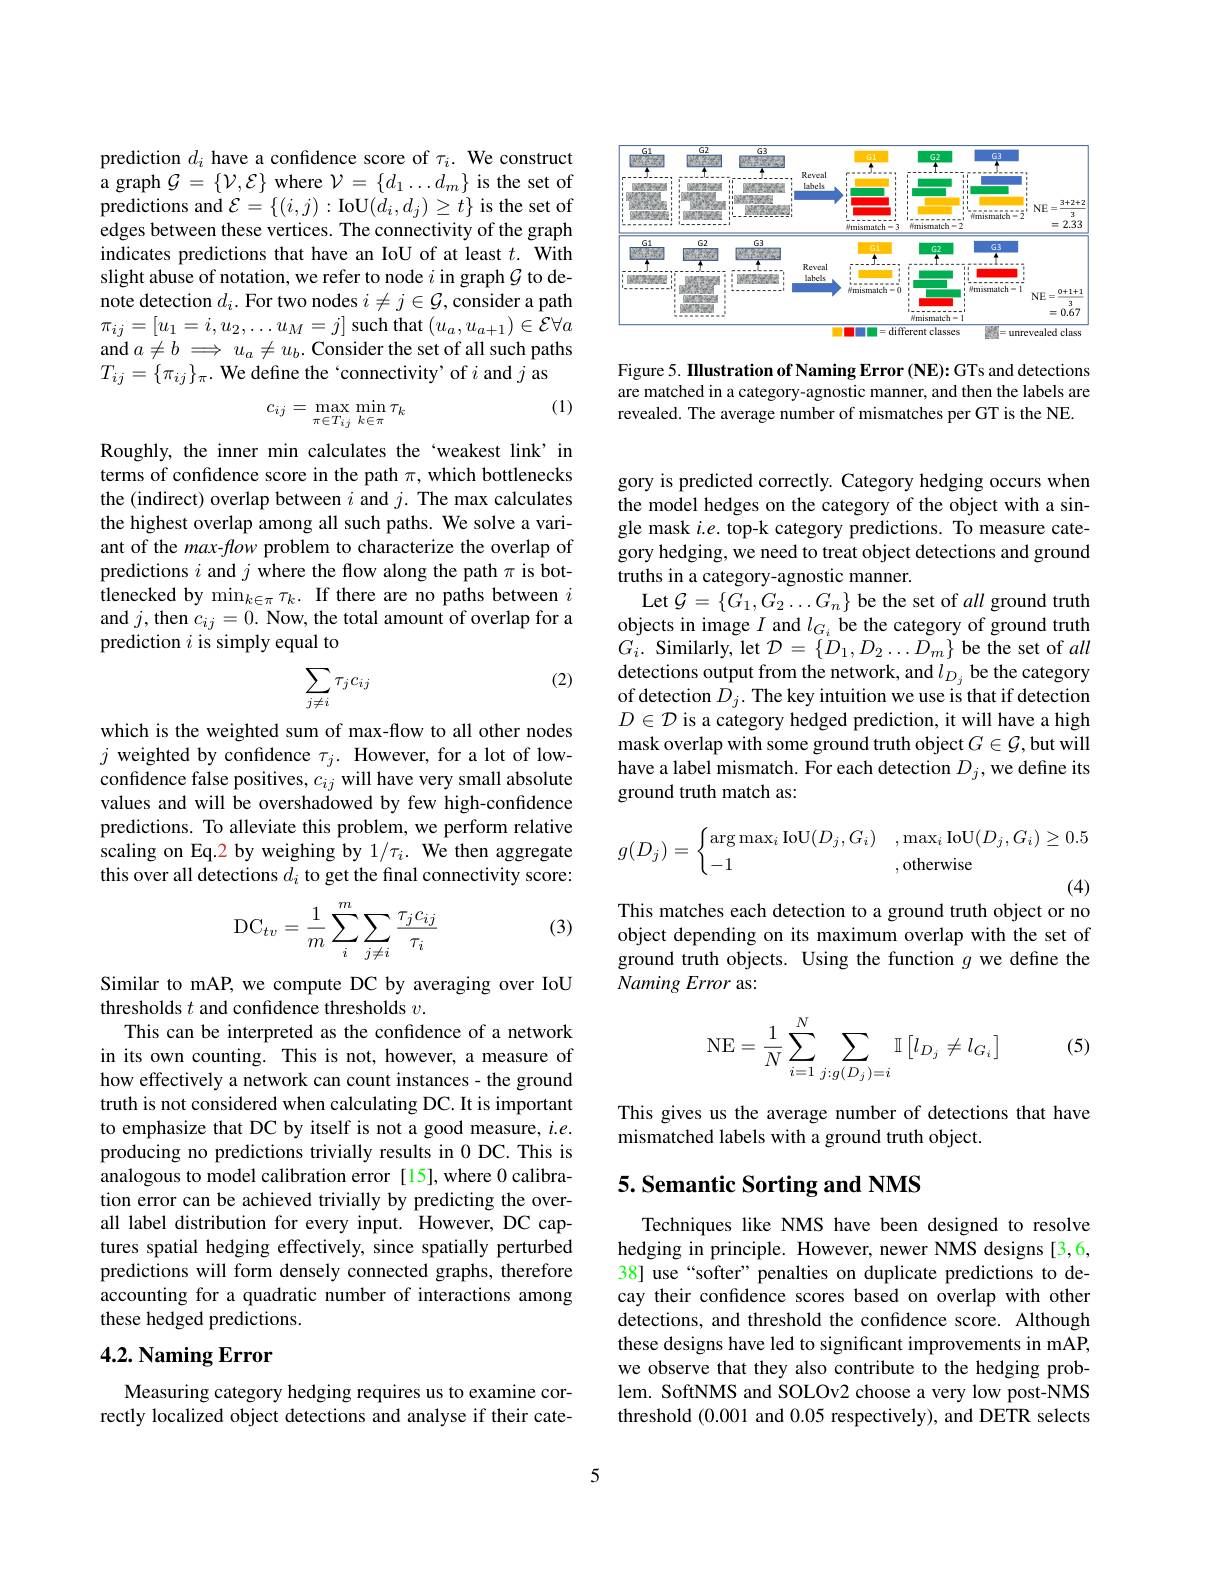
prediction $d_i$ have a confidence score of $\tau_i.$ We construct a graph $\mathcal{G}=\{\mathcal{V},\mathcal{E}\}$ where $\mathcal{V}=\{d_1\ldots d_m\}$ is the set of predictions and $\mathcal{E}=\{(i,j):$IoU$(d_i,d_j)\geq t\}$ is the set of edges between these vertices. The connectivity of the graph indicates predictions that have an IoU of at least $t.$ With slight abuse of notation, we refer to node $i$ in graph $\mathcal{G}$ to denote detection $d_i.$ For two nodes $i\neq j\in\mathcal{G}$, consider a path $\pi_{ij}=[u_{1}=i,u_{2},\ldots u_{M}=j]$ such that $(u_a,u_{a+1})\in\mathcal{E}\forall a$ and $a\neq b\implies u_a\neq u_b.$ Consider the set of all such paths $T_{ij}=\{\pi_{ij}\}_{\pi}.$ We define the `connectivity' of $i$ and $j$ as

(1)
$$c_{ij}=\max_{\pi\in T_{ij}}\min_{k\in\pi}\tau_{k}$$
Roughly, the inner min calculates the‘weakest link’in terms of confidence score in the path $\pi$, which bottlenecks the (indirect) overlap between $i$ and $j.$ The max calculates the highest overlap among all such paths. We solve a variant of the max- flow problem to characterize the overlap of predictions $i$ and $j$ where the flow along the path $\pi$ is bottlenecked by min$_k\in\pi\tau_k.$ If there are no paths between $i$ and $j$,then $c_ij=0.$ Now, the total amount of overlap for a prediction $i$ is simply equal to

(2)
$$\sum_{j\neq i}\tau_jc_{ij}$$
which is the weighted sum of max-flow to all other nodes $j$ weighted by confidence $\tau_j.$ However, for a lot of lowconfidence false positives, $c_{ij}$ will have very small absolute values and will be overshadowed by few high-confidence predictions. To alleviate this problem, we perform relative scaling on Eq.2 by weighing by 1/7i. We then aggregate this over all detections $d_i$ to get the final connectivity score:

(3)
$$\mathrm{DC}_{tv}=\frac{1}{m}\sum_{i}^{m}\sum_{j\neq i}\frac{\tau_{j}c_{ij}}{\tau_{i}}$$
Similar to mAP, we compute DC by averaging over IoU
thresholds $t$ and confidence thresholds $v.$
This can be interpreted as the confdence of a network in its own counting. This is not, however, a measure of how effectively a network can count instances - the ground truth is not considered when calculating DC. It is important to emphasize that DC by itself is not a good measure, $i.e.$ producing no predictions trivially results in 0 DC.This is analogous to model calibration error [15],where 0 calibration error can be achieved trivially by predicting the overall label distribution for every input. However, DC captures spatial hedging effectively, since spatially perturbed predictions will form densely connected graphs, therefore accounting for a quadratic number of interactions among these hedged predictions.

## $4. 2. \textbf{ Naming Error}$

Measuring category hedging requires us to examine correctly localized object detections and analyse if their cate-

<FigureHere>

Figure 5. IIlustration of Naming Error (NE): GTs and detections are matched in a category-agnostic manner, and then the labels are revealed. The average number of mismatches per GT is the NE.

gory is predicted correctly. Category hedging occurs when the model hedges on the category of the object with a single mask $i.e.$ top-k category predictions. To measure category hedging, we need to treat object detections and ground truths in a category-agnostic manner.
Let $\mathcal{G}=\{G_1,G_2\ldots G_n\}$ be the set of all ground truth objects in image $I$ and $l_G_i$ be the category of ground truth $G_{i}.$ Similarly, let $\mathcal{D}=\{\dot{D}_{1},D_{2}\ldots D_{m}\}$ be the set of all detections output from the network, and $l_{D_j}$ be the category of detection $D_j.$ The key intuition we use is that if detection $D\in\mathcal{D}$ is a category hedged prediction, it will have a high mask overlap with some ground truth object $G\in\mathcal{G}$,but will have a label mismatch. For each detection $D_j$,we define its ground truth match as:
$$g(D_j)=\begin{cases}\arg\max_i\mathrm{IoU}(D_j,G_i)&,\max_i\mathrm{IoU}(D_j,G_i)\geq0.5\\-1&,\mathrm{otherwise}\end{cases}$$
(4)

This matches each detection to a ground truth object or no

object depending on its maximum overlap with the set of ground truth objects. Using the function $g$ we define the Naming Error as:

(5)
$$\mathrm N\mathrm E=\dfrac{1}{N}\sum\limits_{i=1}^N\sum\limits_{j:g(D_j)=i}\mathbb I\left[l_{D_j}\neq l_{G_i}\right]$$
This gives us the average number of detections that have
mismatched labels with a ground truth object.

## 5. Semantic Sorting and NMS

Techniques like NMS have been designed to resolve hedging in principle. However, newer NMS designs [3,6, 38] use “softer” penalties on duplicate predictions to decay their confidence scores based on overlap with other detections, and threshold the confidence score. Although these designs have led to significant improvements in mAP, we observe that they also contribute to the hedging problem. SoftNMS and SOLOv2 choose a very low post-NMS threshold (0.001 and 0.05 respectively), and DETR selects

5